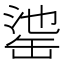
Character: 𦈳